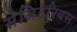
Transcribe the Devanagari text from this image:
सेजिटेरियस